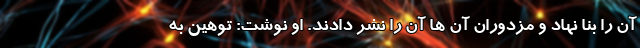
آن را بنا نهاد و مزدوران آن ها آن را نشر دادند. او نوشت: توهین به